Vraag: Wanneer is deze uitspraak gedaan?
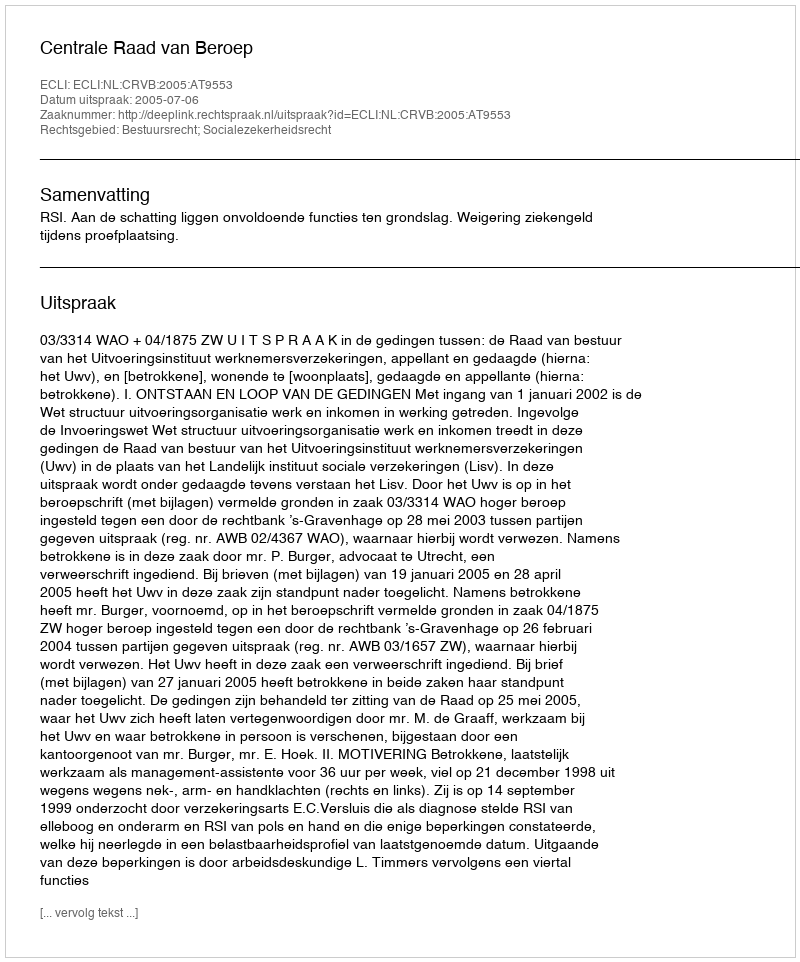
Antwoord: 2005-07-06